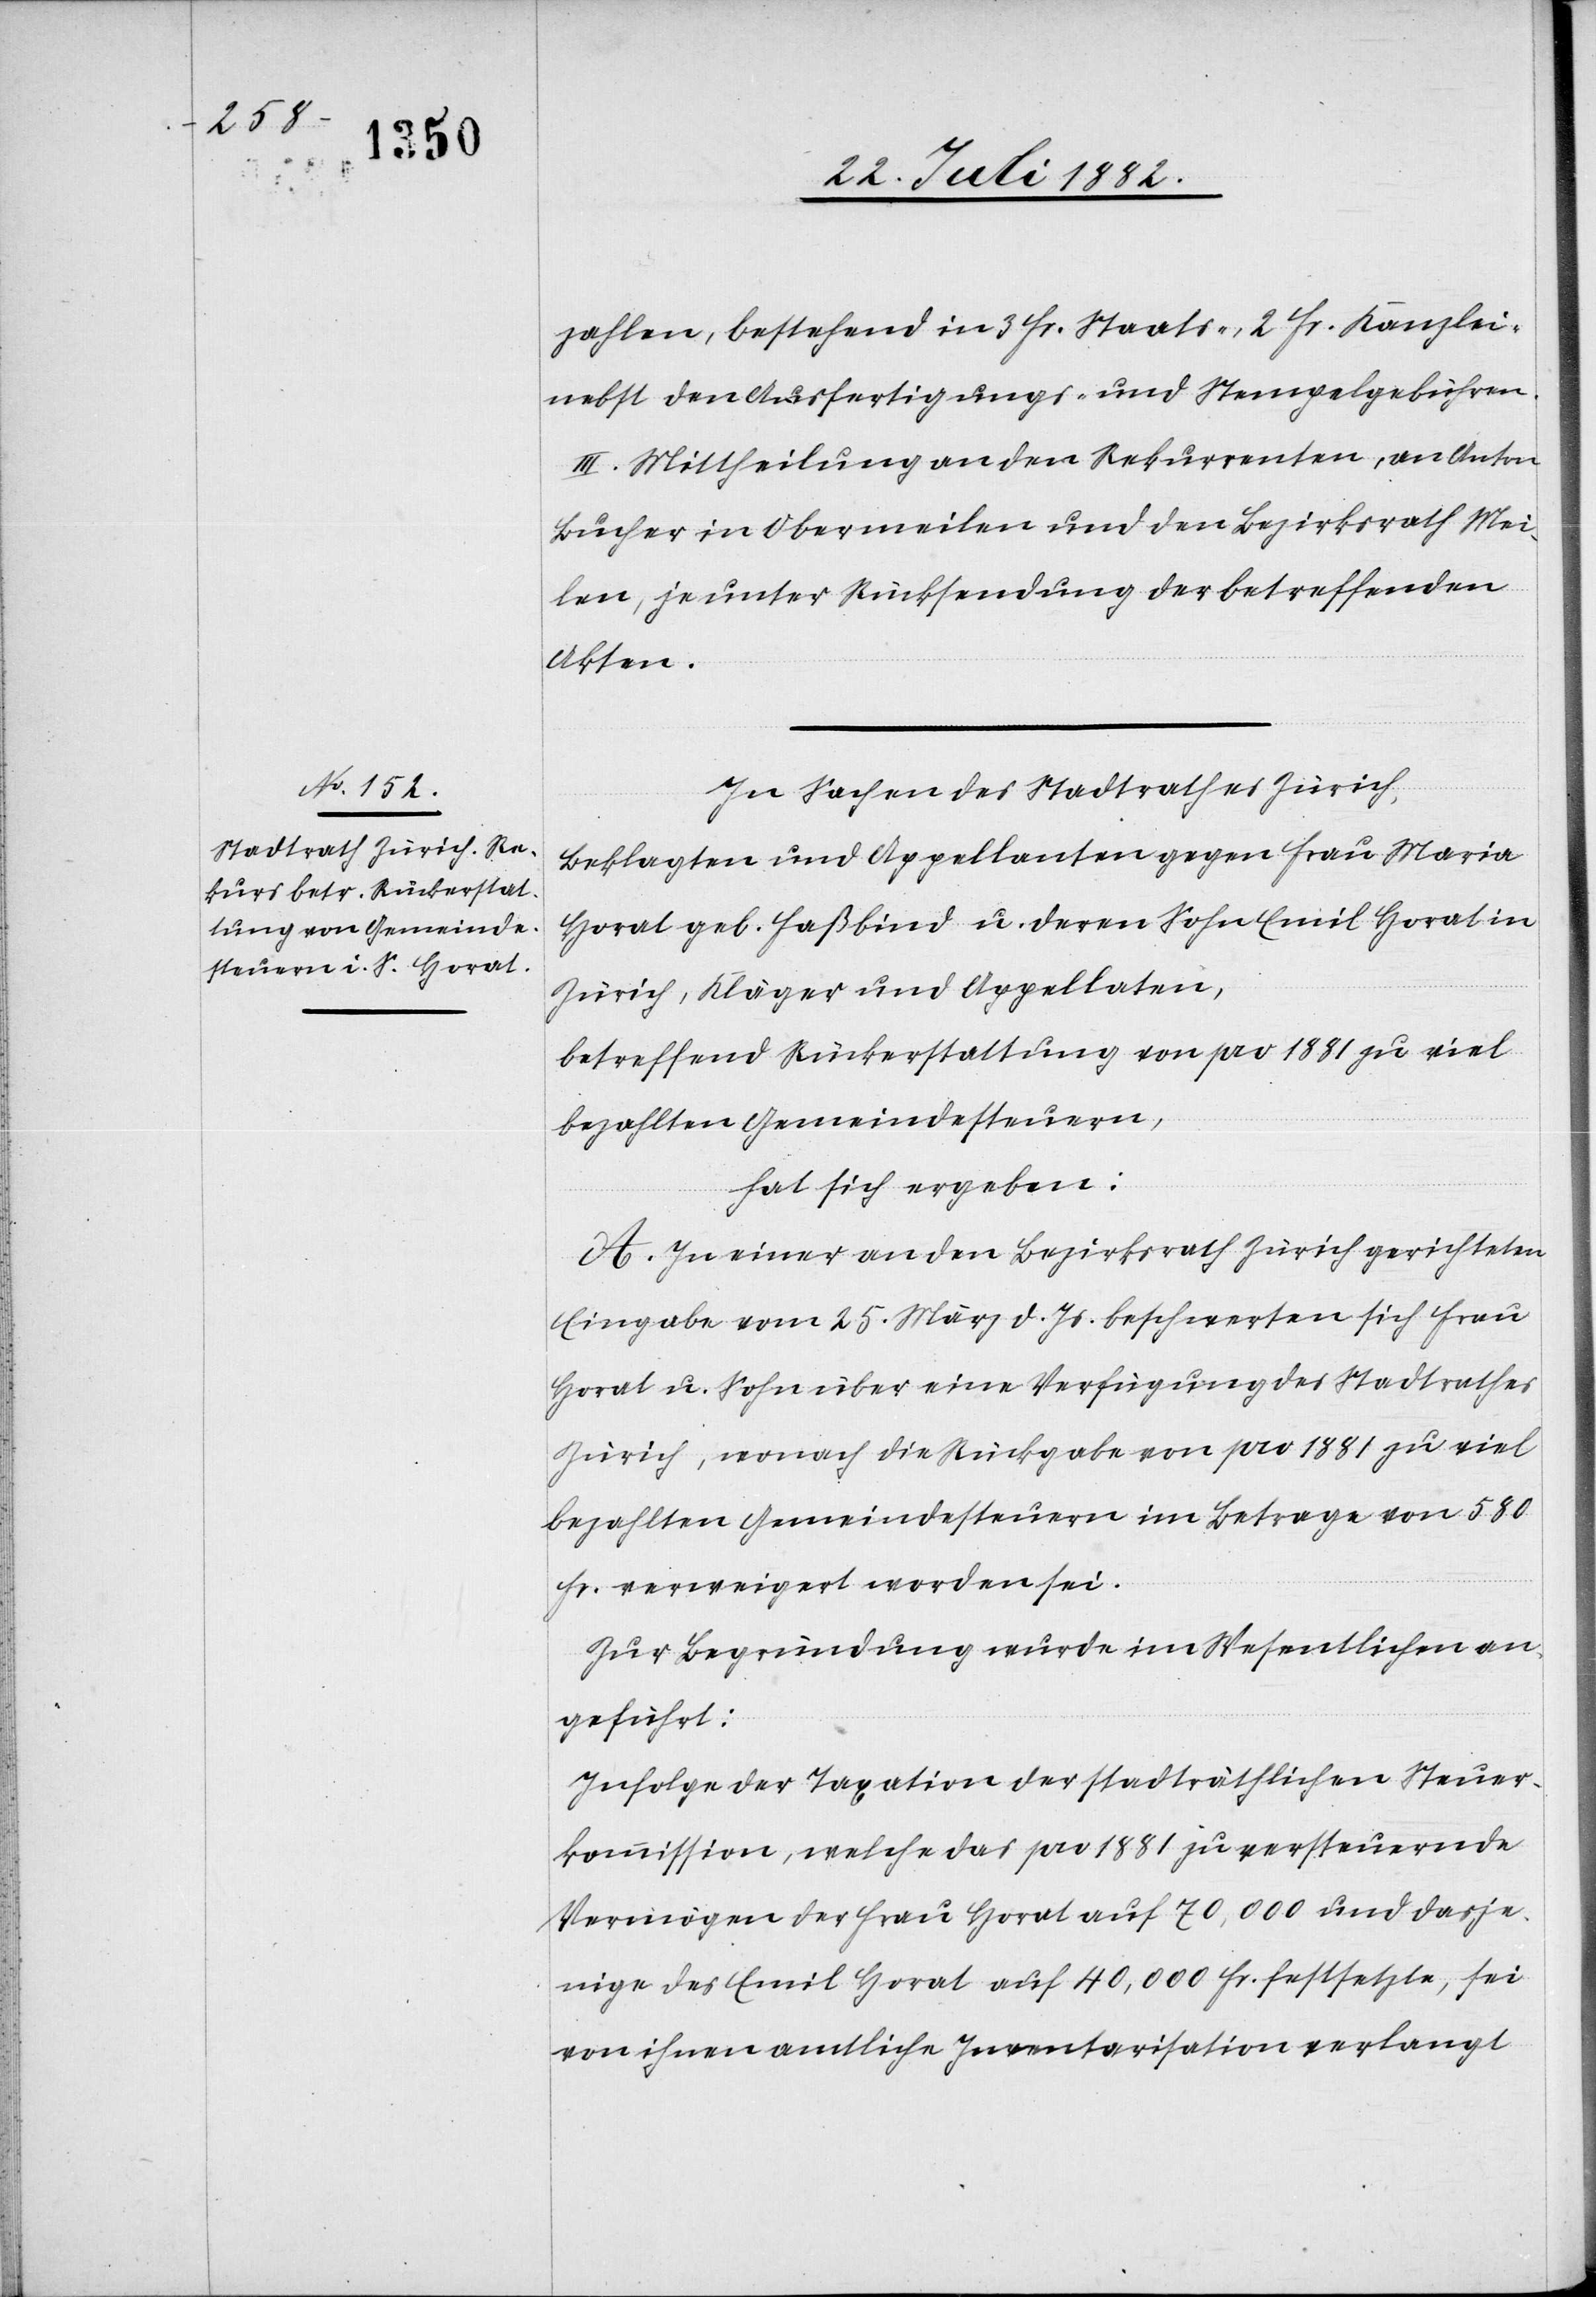
zahlen, bestehend in 3 Fr. Staats-, 2 Fr. Kanzlei-,
nebst den Ausfertigungs- und Stempelgebühren.
III. Mittheilung an den Rekurrenten, an Anton
Bucher in Obermeilen und den Bezirksrath Mei¬
len, je unter Rücksendung der betreffenden
Akten.
In Sachen des Stadtrathes Zürich,
Beklagten und Appellanten gegen Frau Maria
Horat geb. Faßbind u. deren Sohn Emil Horat in
Zürich, Kläger und Appellaten,
betreffend Rückerstattung von pro 1881 zu viel
bezahlten Gemeindesteuern,
hat sich ergeben:
A. In einer an den Bezirksrath Zürich gerichteten
Eingabe vom 25. März d. Js. beschwerten sich Frau
Horat u. Sohn über eine Verfügung des Stadtrathes
Zürich, wonach die Rückgabe von pro 1881 zu viel
bezahlten Gemeindesteuern im Betrage von 580
Fr. verweigert worden sei.
Zur Begründung wurde im Wesentlichen an¬
geführt.
Infolge der Taxation der stadträthlichen Steuer¬
kommission, welche das pro 1881 zu versteuernde
Vermögen der Frau Horat auf 70,000 und dasje¬
nige des Emil Horat auf 40,000 Fr. festsetzte, sei
von ihnen amtliche Inventarisation verlangt